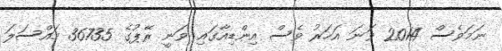
ނަމަވެސް 2014 ވަނަ އަހަރު ވެސް އިންޑިއާގައި ވަނީ ރޭޕުގެ 36735 މައްސަލަ